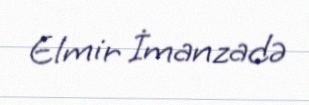
Elmir İmanzadə